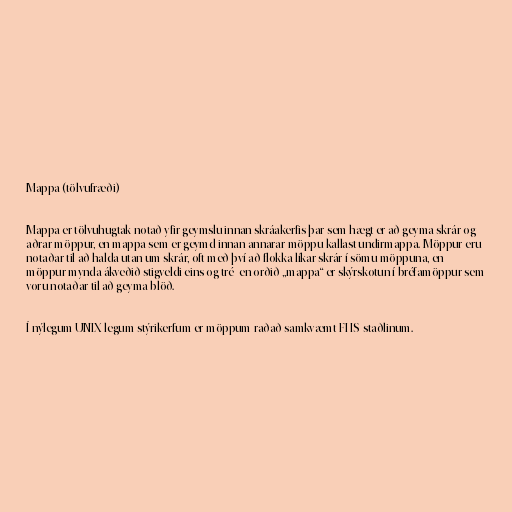
Mappa (tölvufræði)

Mappa er tölvuhugtak notað yfir geymslu innan skráakerfis þar sem hægt er að geyma skrár og
aðrar möppur, en mappa sem er geymd innan annarar möppu kallast undirmappa. Möppur eru
notaðar til að halda utan um skrár, oft með því að flokka líkar skrár í sömu möppuna, en
möppur mynda ákveðið stigveldi eins og tré- en orðið „mappa“ er skýrskotun í bréfamöppur sem
voru notaðar til að geyma blöð.

Í nýlegum UNIX-legum stýrikerfum er möppum raðað samkvæmt FHS-staðlinum.